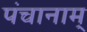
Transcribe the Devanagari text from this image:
पंचानाम्